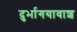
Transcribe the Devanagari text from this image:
दुर्भागयावाश